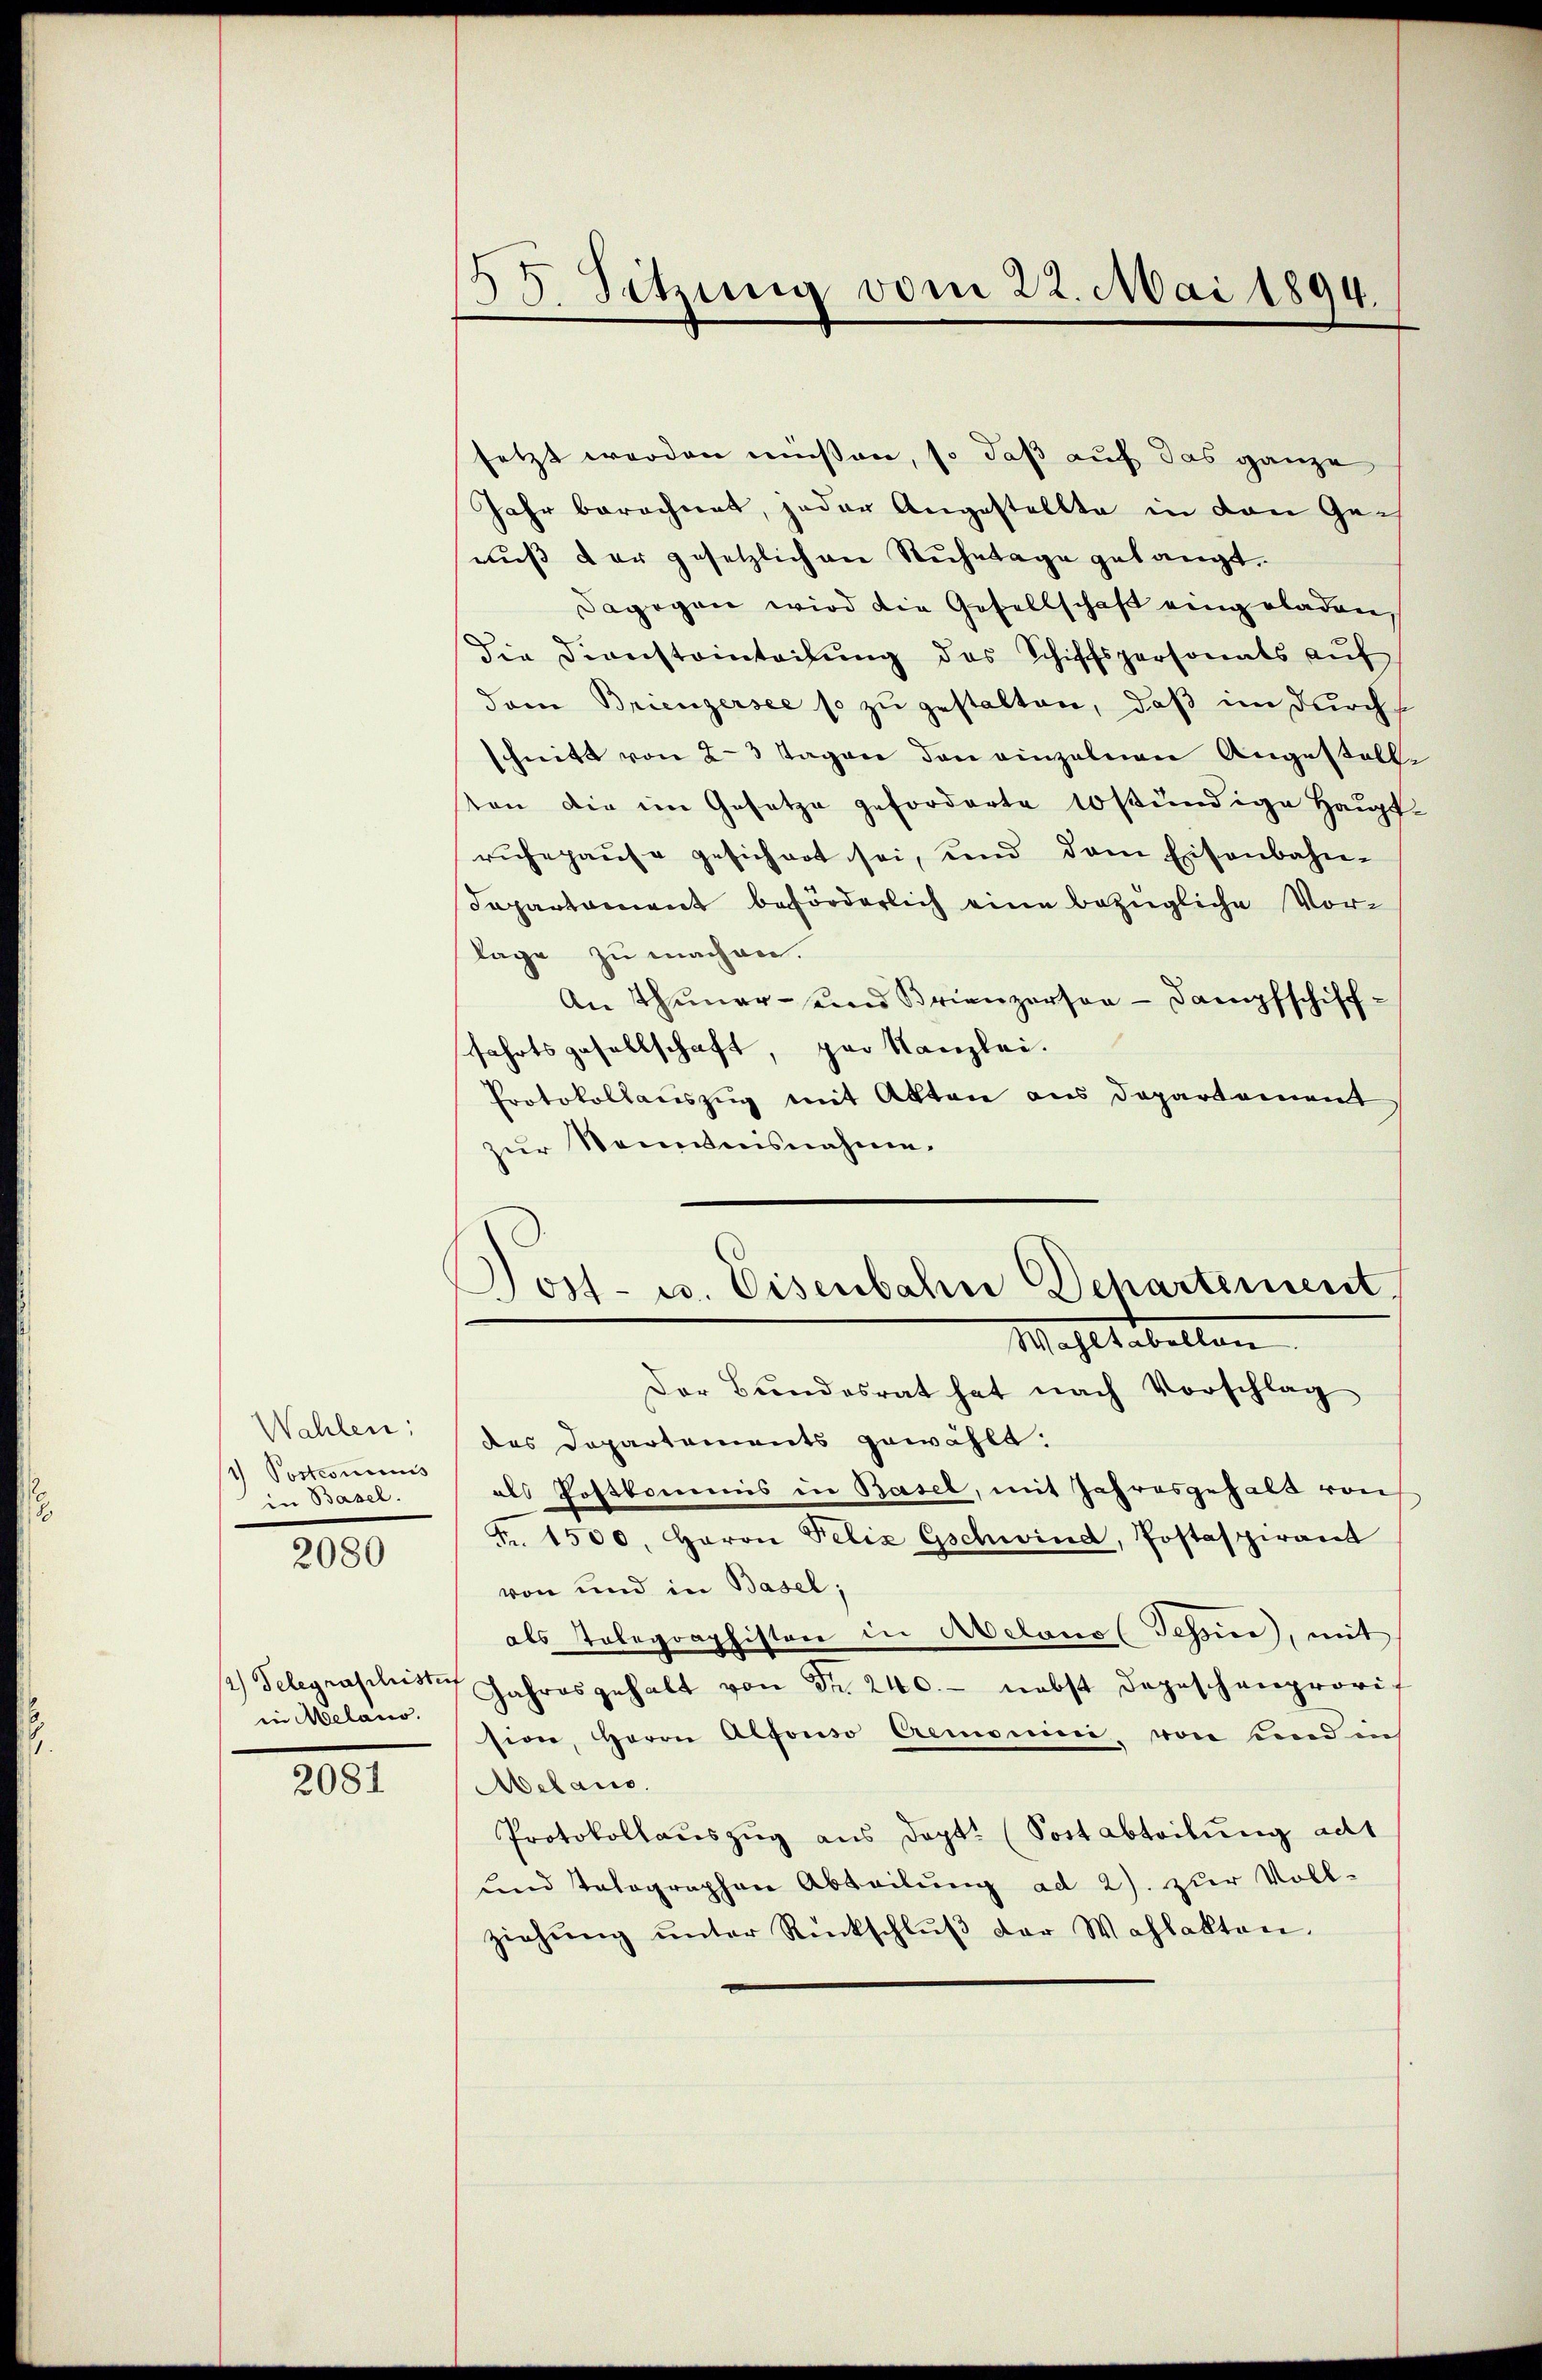
Wahlen:
1) Postcommis
in Basel.

2080

in Melaio.

2081

55 Setzung vom 22. Mai 1894.

setzt werden müßen, so daß auf das ganze
Jahr berechnet, jeder Angestellte in den Genuß der gesetzlichen Ruhetage gelangt.
Dagegen wird die Gesellschaft eingeladen,
Die Diensteinteilung des Schiffspersonats auf
dem Briengersee so zu gestalten, daß im durch
schnitt von 2-3 Tagen den einzelnen Angestell
von die im Gesetze geforderte 10 stündige Haupt-
rŭhepause gesichert sei, und dem Eisenbahn-
Separtament beförderlich eine bezügliche Vor-
lage zu machen.
An Thuner- und Brienzerson - Dampfschifffahrtsgesellschaft, par Kanzlei.
Protokollauszug mit Akten aus Departement
zur Kenntnisnahme.
Post- u. Eisenbahn Departement.
Wahltabellen.
Der Bŭndesrat hat nach Vorschlag
des Departements gewählt:
als Postkommis in Basel, mit Jahresgehalt von
Fr. 1500. Haron Felix Gschwind, Postaspirant
von und in Basel;
als Telegraphiston in Avelono (Tessin, mit
1) Telegraphist. Jahresgehalt von Fr. 240.- nebst depeschenprovit
sion, Herrn Alfonso Cremonini, von sind in
Melaus.
Protokollauszug aus dept. (Sottabteilung adt
und tolographen Abteilung ad 2). zur Vollziehŭng ŭnter Rückschlŭβ der Wahlakten.